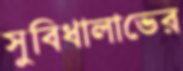
সুবিধালাভের